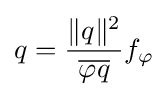
q={\frac {\|q\|^{2}}{\overline {\varphi q}}}f_{\varphi }